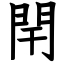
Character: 閈